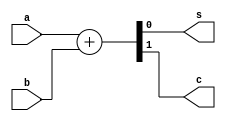
module adder (
    input a,
    input b,
    output s,
    output c
);
    assign {c, s} = a + b;
endmodule